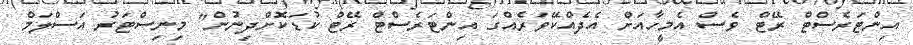
އިންޓަރެސްޓް ރޭޓް ވެސް އެމީހާއަށް އެދެއްކޭވަރެއްގަ އިންޓަރެސްޓް ރޭޓް ކުޑަކޮށްދިނުން" މިނިސްޓަރު އަސްލަމް